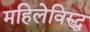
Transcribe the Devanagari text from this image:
महिलेविरुद्ध